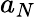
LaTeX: a_{N}